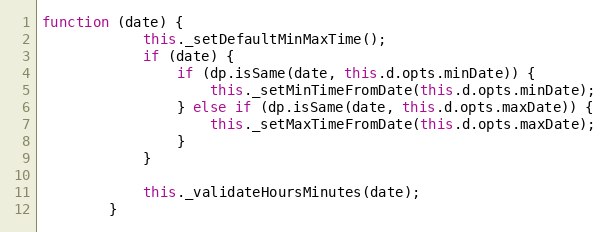
Language: JavaScript
function (date) {
            this._setDefaultMinMaxTime();
            if (date) {
                if (dp.isSame(date, this.d.opts.minDate)) {
                    this._setMinTimeFromDate(this.d.opts.minDate);
                } else if (dp.isSame(date, this.d.opts.maxDate)) {
                    this._setMaxTimeFromDate(this.d.opts.maxDate);
                }
            }

            this._validateHoursMinutes(date);
        }